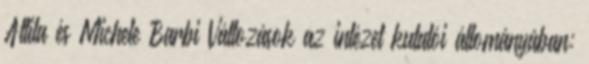
Attila és Michele Barbi Változások az intézet kutatói állományában: